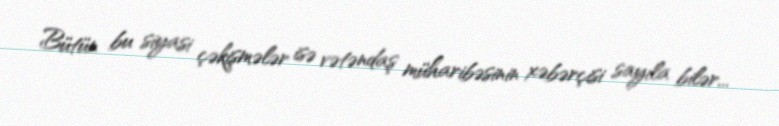
Bütün bu siyasi çəkişmələr isə vətəndaş müharibəsinin xəbərçisi sayıla bilər...